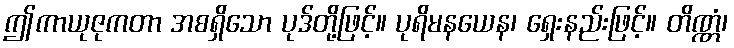
ဤကာယုဇုကတာ အစရှိသော ပုဒ်တို့ဖြင့်။ ပုရိမနယေန၊ ရှေးနည်းဖြင့်။ တိဏ္ဏံ၊